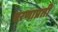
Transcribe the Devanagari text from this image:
चरणाप्रती